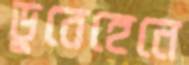
ডুবেহেনে